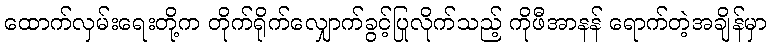
ထောက်လှမ်းရေးတို့က တိုက်ရိုက်လျှောက်ခွင့်ပြုလိုက်သည့် ကိုဖီအာနန် ရောက်တဲ့အချိန်မှာ